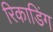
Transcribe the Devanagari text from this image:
रिकाडिंग